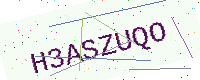
Text: H3ASZUQO